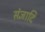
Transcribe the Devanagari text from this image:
संज्ञादि